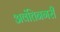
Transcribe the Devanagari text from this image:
अवंतिनगरी